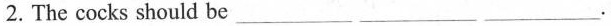
2.The cocks should be ___ ___ ___.